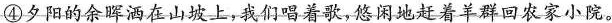
夕阳的余晖洒在山坡上，我们唱着歌，悠闲地赶着羊群回农家小院。